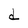
Character: d